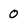
Character: 0